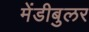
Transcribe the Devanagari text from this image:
मेंडीबुलर